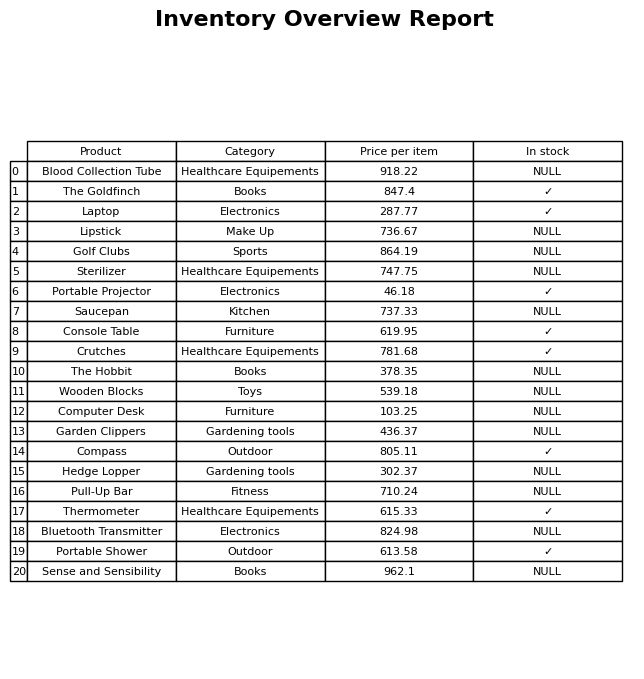
question: What is the price of the The Goldfinch?
answer: The price of The Goldfinch is 847.4.